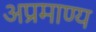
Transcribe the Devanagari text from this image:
अप्रमाण्य